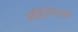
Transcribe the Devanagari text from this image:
संहितेमधून